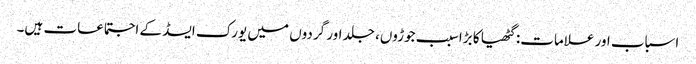
اسباب اور علامات: گٹھیا کا بڑا سبب جوڑوں، جلد اور گردوں میں یورک ایسڈ کے اجتماعات ہیں۔